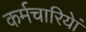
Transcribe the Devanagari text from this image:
कर्मचारियेां